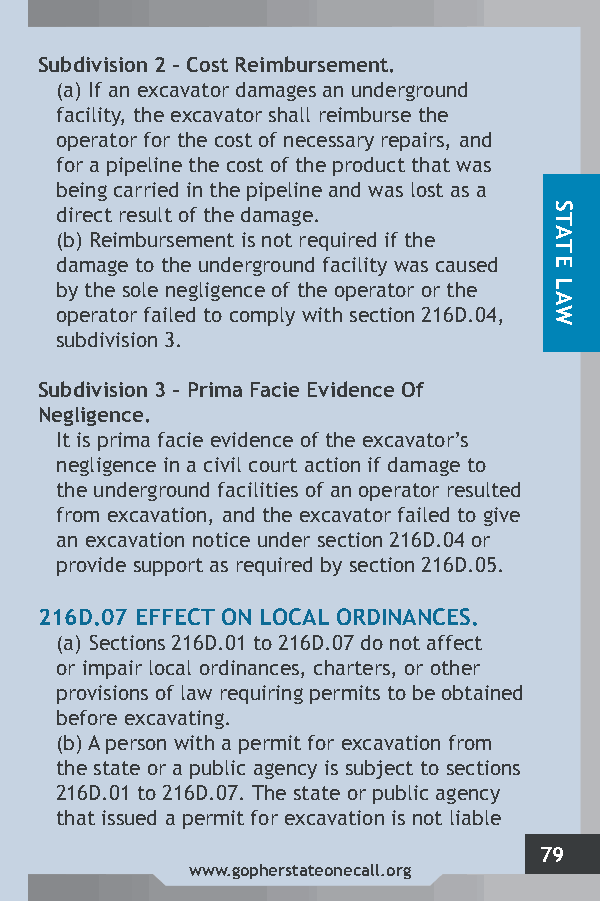
Subdivision 2 – Cost Reimbursement.
 (a) If an excavator damages an underground
 facility, the excavator shall reimburse the
 operator for the cost of necessary repairs, and
 for a pipeline the cost of the product that was
 being carried in the pipeline and was lost as a
 direct result of the damage.
 (b) Reimbursement is not required if the
 damage to the underground facility was caused
 by the sole negligence of the operator or the
 operator failed to comply with section 216D.04,
 subdivision 3.
 Subdivision 3 – Prima Facie Evidence Of
 Negligence.
 It is prima facie evidence of the excavator’s
 negligence in a civil court action if damage to
 the underground facilities of an operator resulted
 from excavation, and the excavator failed to give
 an excavation notice under section 216D.04 or
 provide support as required by section 216D.05.
 216D.07 EFFECT ON LOCAL ORDINANCES.
 (a) Sections 216D.01 to 216D.07 do not affect
 or impair local ordinances, charters, or other
 provisions of law requiring permits to be obtained
 before excavating.
 (b) A person with a permit for excavation from
 the state or a public agency is subject to sections
 216D.01 to 216D.07. The state or public agency
 that issued a permit for excavation is not liable
 79
 www.gopherstateonecall.org
 STATE
 LAW